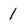
Character: 1